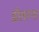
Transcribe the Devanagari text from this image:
डॉलरना